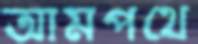
আমপথে